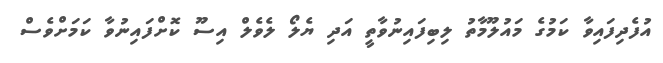
އުފެދިފައިވާ ކަމުގެ މައުލޫމާތު ލިބިފައިނުވާތީ އަދި ޔެލޯ ލެވެލް އިސޫ ކޮށްފައިނުވާ ކަމަށްވެސް